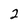
Character: 2